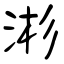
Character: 涁